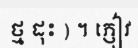
ថ្ម ដុះ ) ។ ភ្ញៀវ